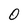
Character: 0